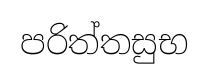
පරිත්තසුභ